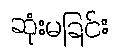
ဆုံးမခြင်း